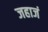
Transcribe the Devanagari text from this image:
जहाजं